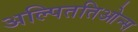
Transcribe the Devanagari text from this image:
अल्पिततिओन्स